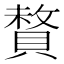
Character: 𫎜